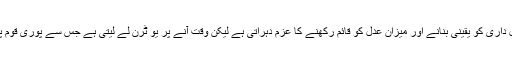
وہ ہر روز قانون کی عمل داری کو یقینی بنانے اور میزانِ عدل کو قائم رکھنے کا عزم دہراتی ہے لیکن وقت آنے پر یو ٹرن لے لیتی ہے جس سے پوری قوم پر مایوسی چھا جاتی ہے۔